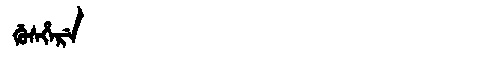
Manchu: ᡤᡠᠰᡥᡝᡵᡝ
Romanization: GUSHERE